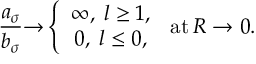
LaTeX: \frac { a _ { \sigma } } { b _ { \sigma } } { \rightarrow } \left\{ \begin{array} { c } { { \infty , \; l \geq 1 , } } \\ { { 0 , \; l \leq 0 , } } \end{array} \right. \, \mathrm { a t } \, R \rightarrow 0 .